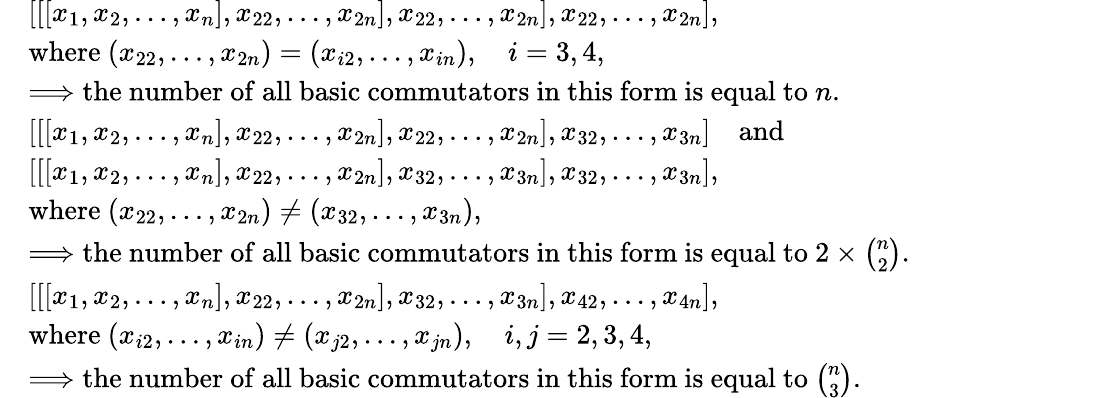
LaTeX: \begin{array}{rl}&{[[[x_{1},x_{2},\dots,x_{n}],x_{22},\dots,x_{2n}],x_{22},\dots,x_{2n}],x_{22},\dots,x_{2n}],}\\ &{{\mathrm{where}}~(x_{22},\dots,x_{2n})=(x_{i2},\dots,x_{in}),\quad i=3,4,}\\ &{\Longrightarrow{\mathrm{the~number~of~all~basic~commutators~in~this~form~is~equal~to~}}n.}\\ &{[[[x_{1},x_{2},\dots,x_{n}],x_{22},\dots,x_{2n}],x_{22},\dots,x_{2n}],x_{32},\dots,x_{3n}]\quad{\mathrm{and}}}\\ &{[[[x_{1},x_{2},\dots,x_{n}],x_{22},\dots,x_{2n}],x_{32},\dots,x_{3n}],x_{32},\dots,x_{3n}],}\\ &{{\mathrm{where}}~(x_{22},\dots,x_{2n})\neq(x_{32},\dots,x_{3n}),}\\ &{\Longrightarrow{\mathrm{the~number~of~all~basic~commutators~in~this~form~is~equal~to~}}2\times{\binom{n}{2}}.\qquad\qquad\qquad}\\ &{[[[x_{1},x_{2},\dots,x_{n}],x_{22},\dots,x_{2n}],x_{32},\dots,x_{3n}],x_{42},\dots,x_{4n}],}\\ &{{\mathrm{where}}~(x_{i2},\dots,x_{in})\neq(x_{j2},\dots,x_{jn}),\quad i,j=2,3,4,}\\ &{\Longrightarrow{\mathrm{the~number~of~all~basic~commutators~in~this~form~is~equal~to~}}{\binom{n}{3}}.\qquad\qquad\qquad\qquad\ }\end{array}